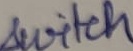
Text: switch